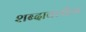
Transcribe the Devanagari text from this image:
शब्दावलीला